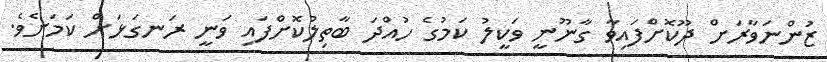
ޒުންނަވާރަށް ދޫކޮށްފައިވާ ގާނޫނީ ވަކީލު ކަމުގެ ހުއްދަ ބާތިލުކޮށްފައި ވަނީ ރަނގަޅަށް ކަމަށެވެ.